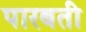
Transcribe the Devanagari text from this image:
पारबती